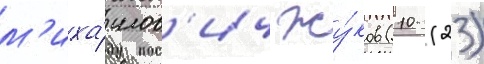
м'иха́илов'ич жу́ков (10 (23)